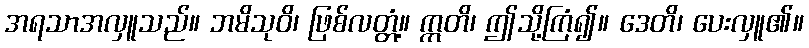
အရသာအလှူသည်။ ဘမိသုဝိ၊ ဖြစ်လတ္တံ့။ ဣတိ၊ ဤသို့ကြံ၍။ ဒေတိ၊ ပေးလှူ၏။